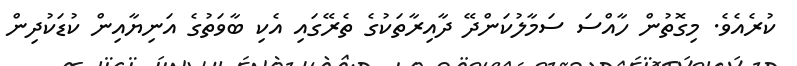
ކުރެއެވެ. މިގޮތުން ހާއްސަ ސަމާލުކަންދޭ ދާއިރާތަކުގެ ތެރޭގައި އެކި ބާވަތުގެ އަނިޔާއިން ކުޑަކުދިން